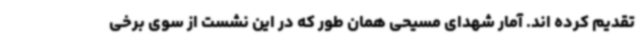
تقدیم کرده اند. آمار شهدای مسیحی همان طور که در این نشست از سوی برخی